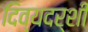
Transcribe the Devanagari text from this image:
दिव्‍यदर्शी